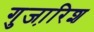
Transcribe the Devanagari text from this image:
गुजा़रिश